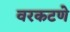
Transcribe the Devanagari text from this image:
वरकटणे